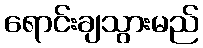
ရောင်းချသွားမည်